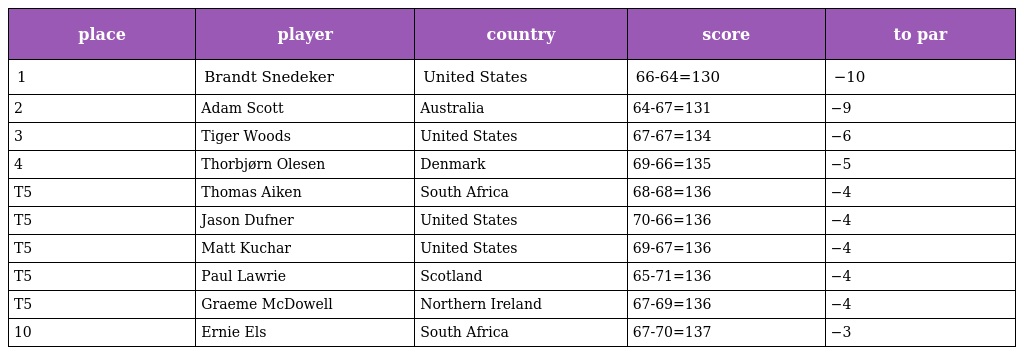
| place | player | country | score | to par |
 | --- | --- | --- | --- | --- |
 | 1 | Brandt Snedeker | United States | 66-64=130 | −10 |
 | 2 | Adam Scott | Australia | 64-67=131 | −9 |
 | 3 | Tiger Woods | United States | 67-67=134 | −6 |
 | 4 | Thorbjørn Olesen | Denmark | 69-66=135 | −5 |
 | T5 | Thomas Aiken | South Africa | 68-68=136 | −4 |
 | T5 | Jason Dufner | United States | 70-66=136 | −4 |
 | T5 | Matt Kuchar | United States | 69-67=136 | −4 |
 | T5 | Paul Lawrie | Scotland | 65-71=136 | −4 |
 | T5 | Graeme McDowell | Northern Ireland | 67-69=136 | −4 |
 | 10 | Ernie Els | South Africa | 67-70=137 | −3 |